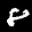
Label: 8